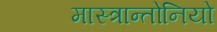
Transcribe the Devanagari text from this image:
मास्त्रान्तोनियो